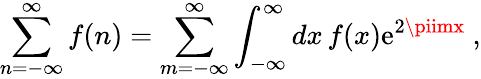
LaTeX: \sum_{n=-\infty}^{\infty}f(n)=\sum_{m=-\infty}^{\infty}\int_{-\infty}^{\infty}dx\, f(x)\mathrm{e}^{2\piimx}~,